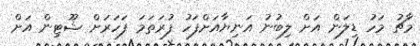
މާޗު މަހު ޑިލަން އަށް ލިބުނު އަނިޔާއަށްފަހު ފުރަތަމަ ފަހަރަށް ޝޫޓިން އަށް